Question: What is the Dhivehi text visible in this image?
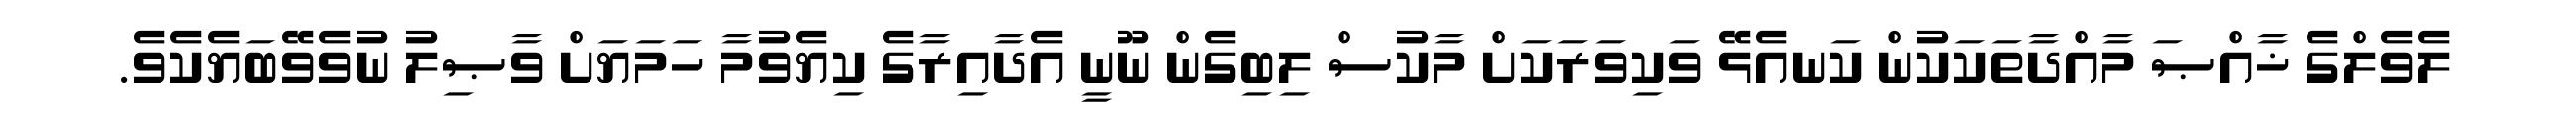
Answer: ލެވެލްގެ ޚާއްޞަ މާއްދާތަކަކުން ކަނއެޅޭ ވަކިވަރަކަށް މާކުސް ލިބިގެން ނޫނީ އެދާއިރާގެ ކިޔެވުމާ ހަމަޔަށް ވާޞިލު ނުވެވޭބަޔެކެވެ.